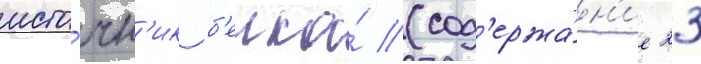
исто́чн'ик б'елка́ (сод'ержа́н'ие 23